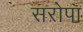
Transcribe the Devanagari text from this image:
सरोपा